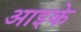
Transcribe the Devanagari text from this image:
आइके